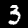
Digit: 3